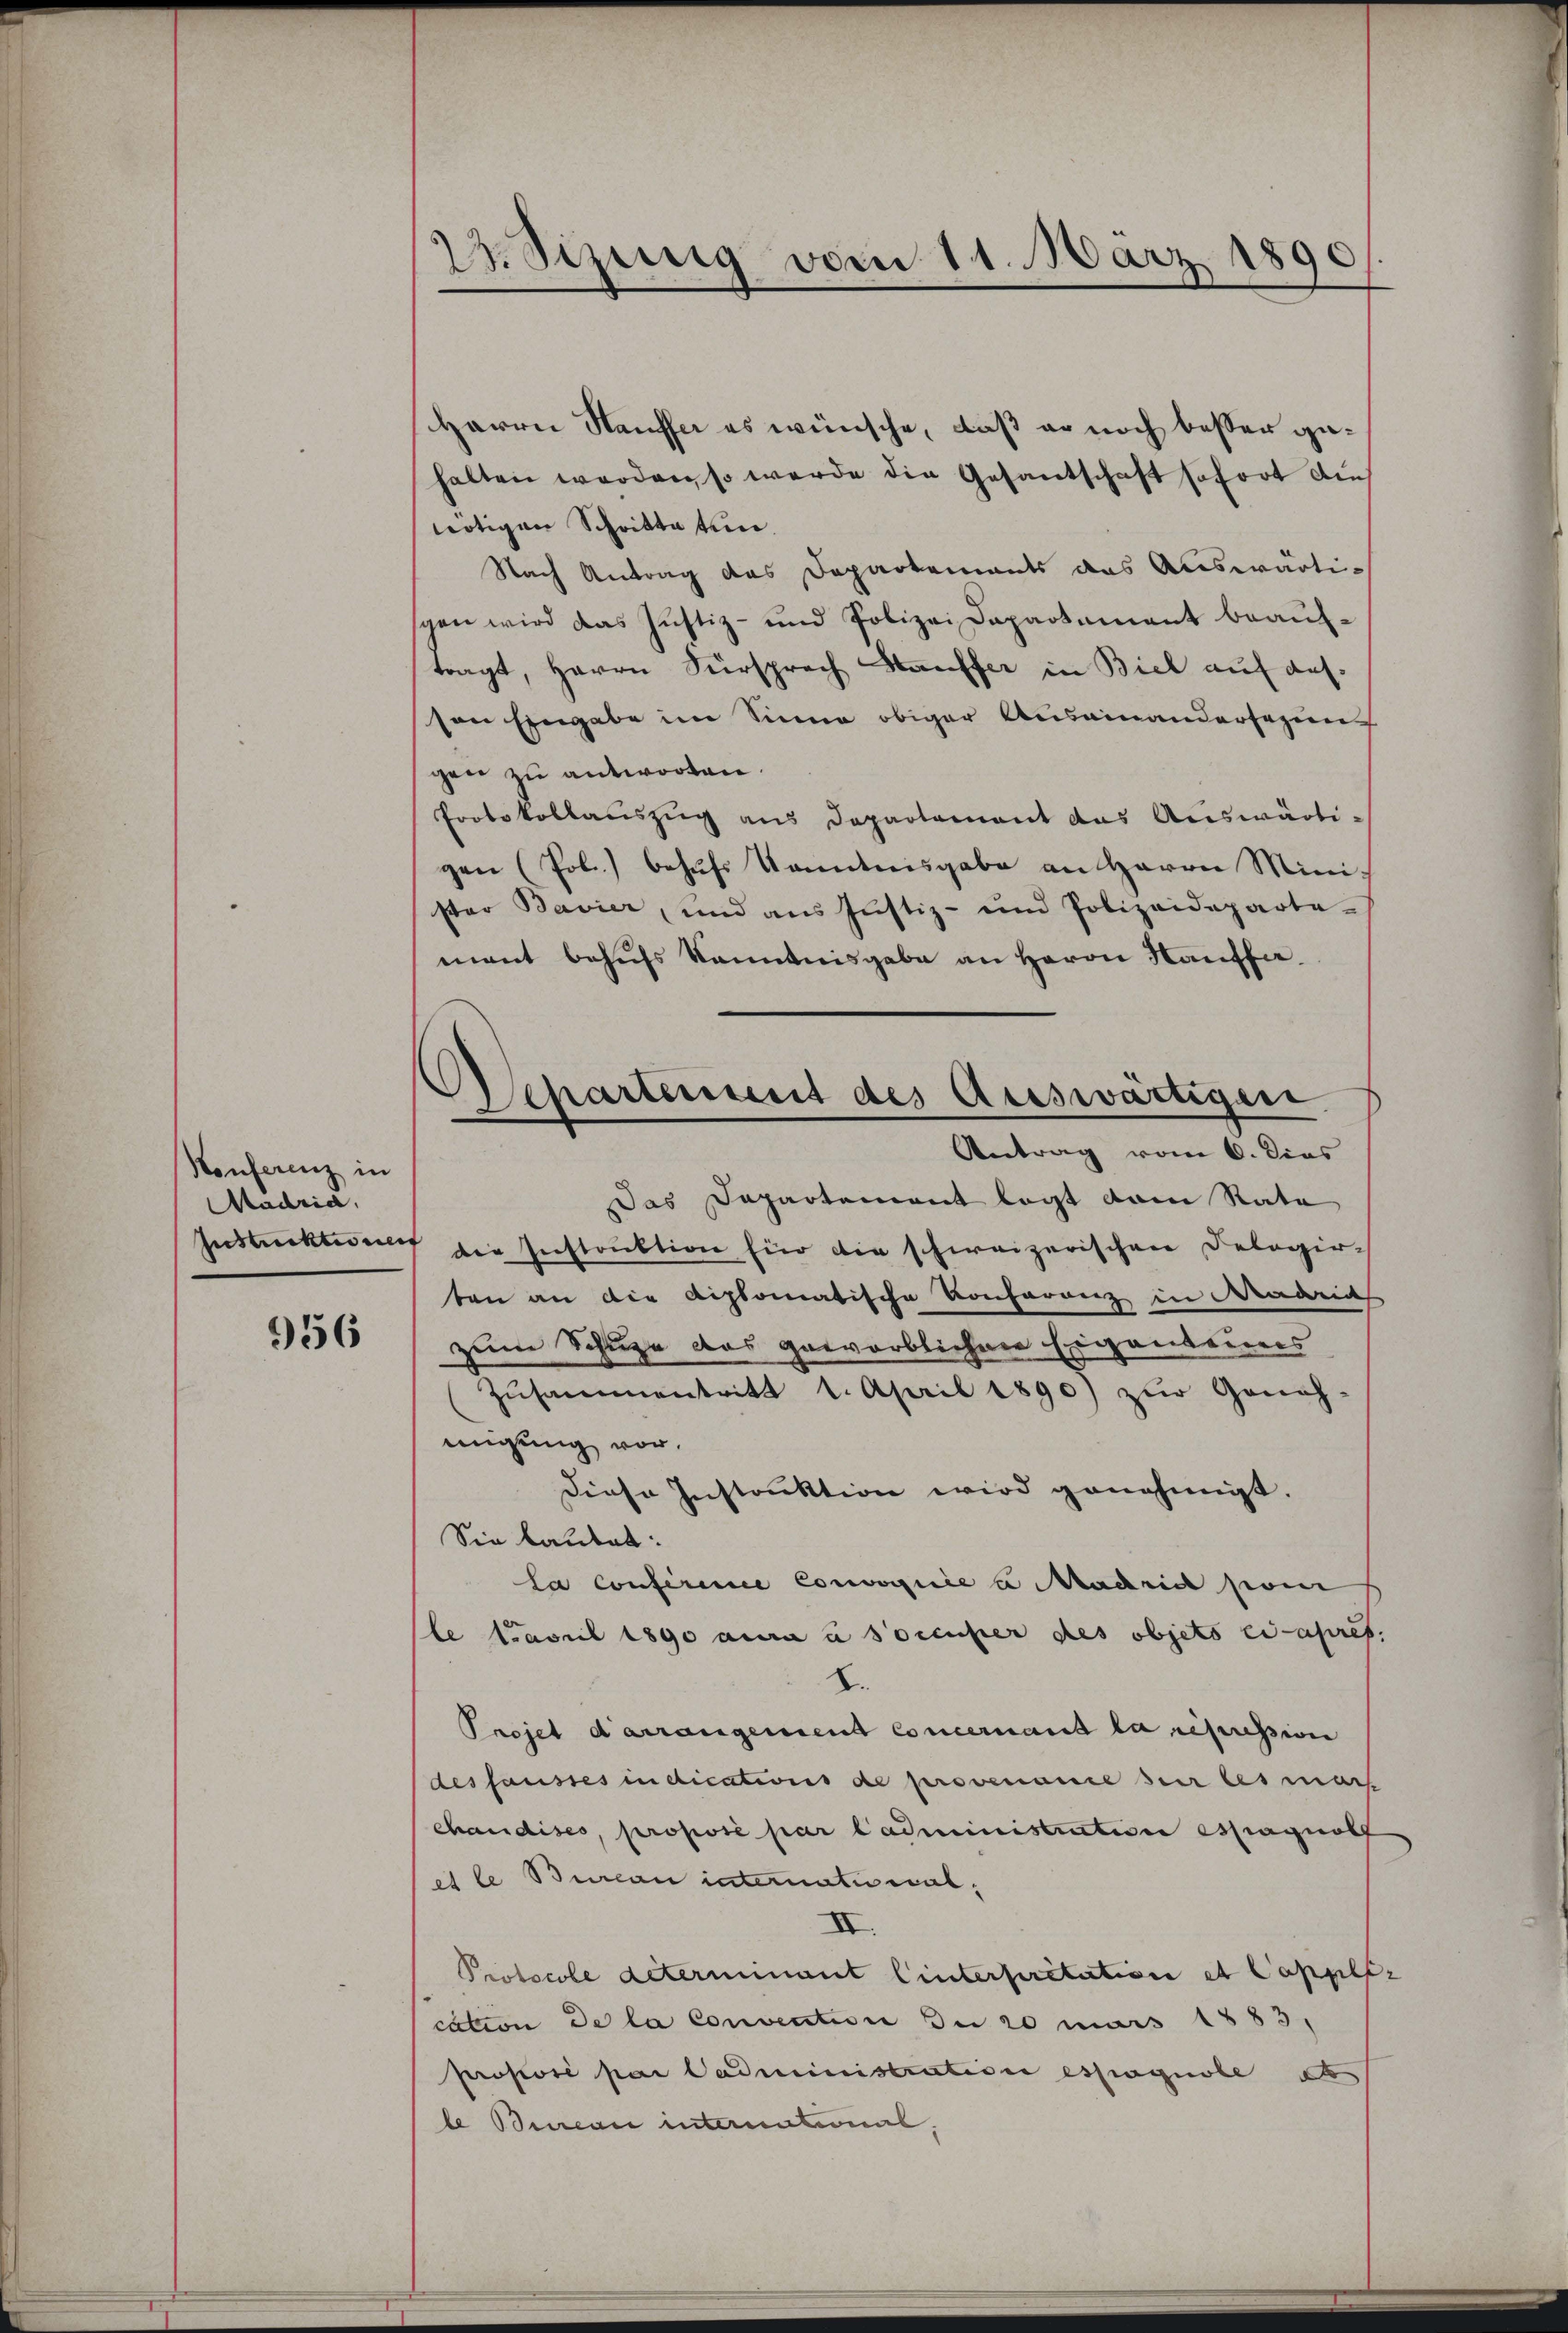
Konferenz in
Madria,

956

23. Sizung vom 11. März 18
.
d

Herrn Seuffe es wünsche, daß er noch besser gehalten werden, so werde die Gesantschaft sofort au
nötigen Schritteten.
Nach Antrag das Departements das Auswärtischen wird das Justiz- und Polizei Dapartement beauftragt, Herrn Fürsprach Kauffer in Biel auf das
von Eingabe im Sinne obiger Auseinandersezung
gen zu antworten.
Protokollauszug aus Departement das Auswärtigen (Pol.) behufs Kenntnisgabe an Herrn Minister Bavier, und aus Justiz- und Polizeideparte-
mant behufs kanntnisgabe an Herrn Kauffa
Das Departement legt dam Rate
Instrektionen die Instruktion für die schweizerischen Delegir-
ben an die diplomatische Konferenz in dareides
zum Schule das geworblicher Eigenteuers
Zŭsammentritt 1. April 1890) zŭr Geneh-
migung vor.
Diese Instruktion wird genehmigt.
Sie lautet:
la Conferene Convice a Machrich so
(le Capril 1890 aura à soccupier des objets ci-apres
B.
Prejet d’arrangement concernant la repression
dessausses in dications de provename sei les mar
chandises, proposé par Cadministration estragnol
et le Bureau internatiwal;
II.
Protocole determinant linterpretation et Cappler
cation de la Convention zu 20 mars 1883.
Prostori par Cadministration esprognobe de
le Bureau international

Separtement des Auswärtigen.
Antrag vom 6. dies